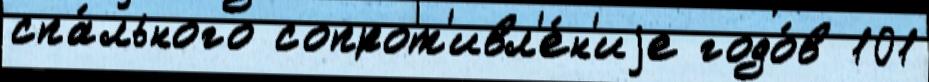
спа́льного сопрот'ивл'е́н'иjе годо́в 101